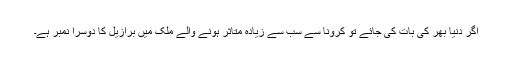
اگر دنیا بھر کی بات کی جائے تو کرونا سے سب سے زیادہ متاثر ہونے والے ملک میں برازیل کا دوسرا نمبر ہے۔